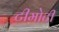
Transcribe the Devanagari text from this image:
टीमोटी